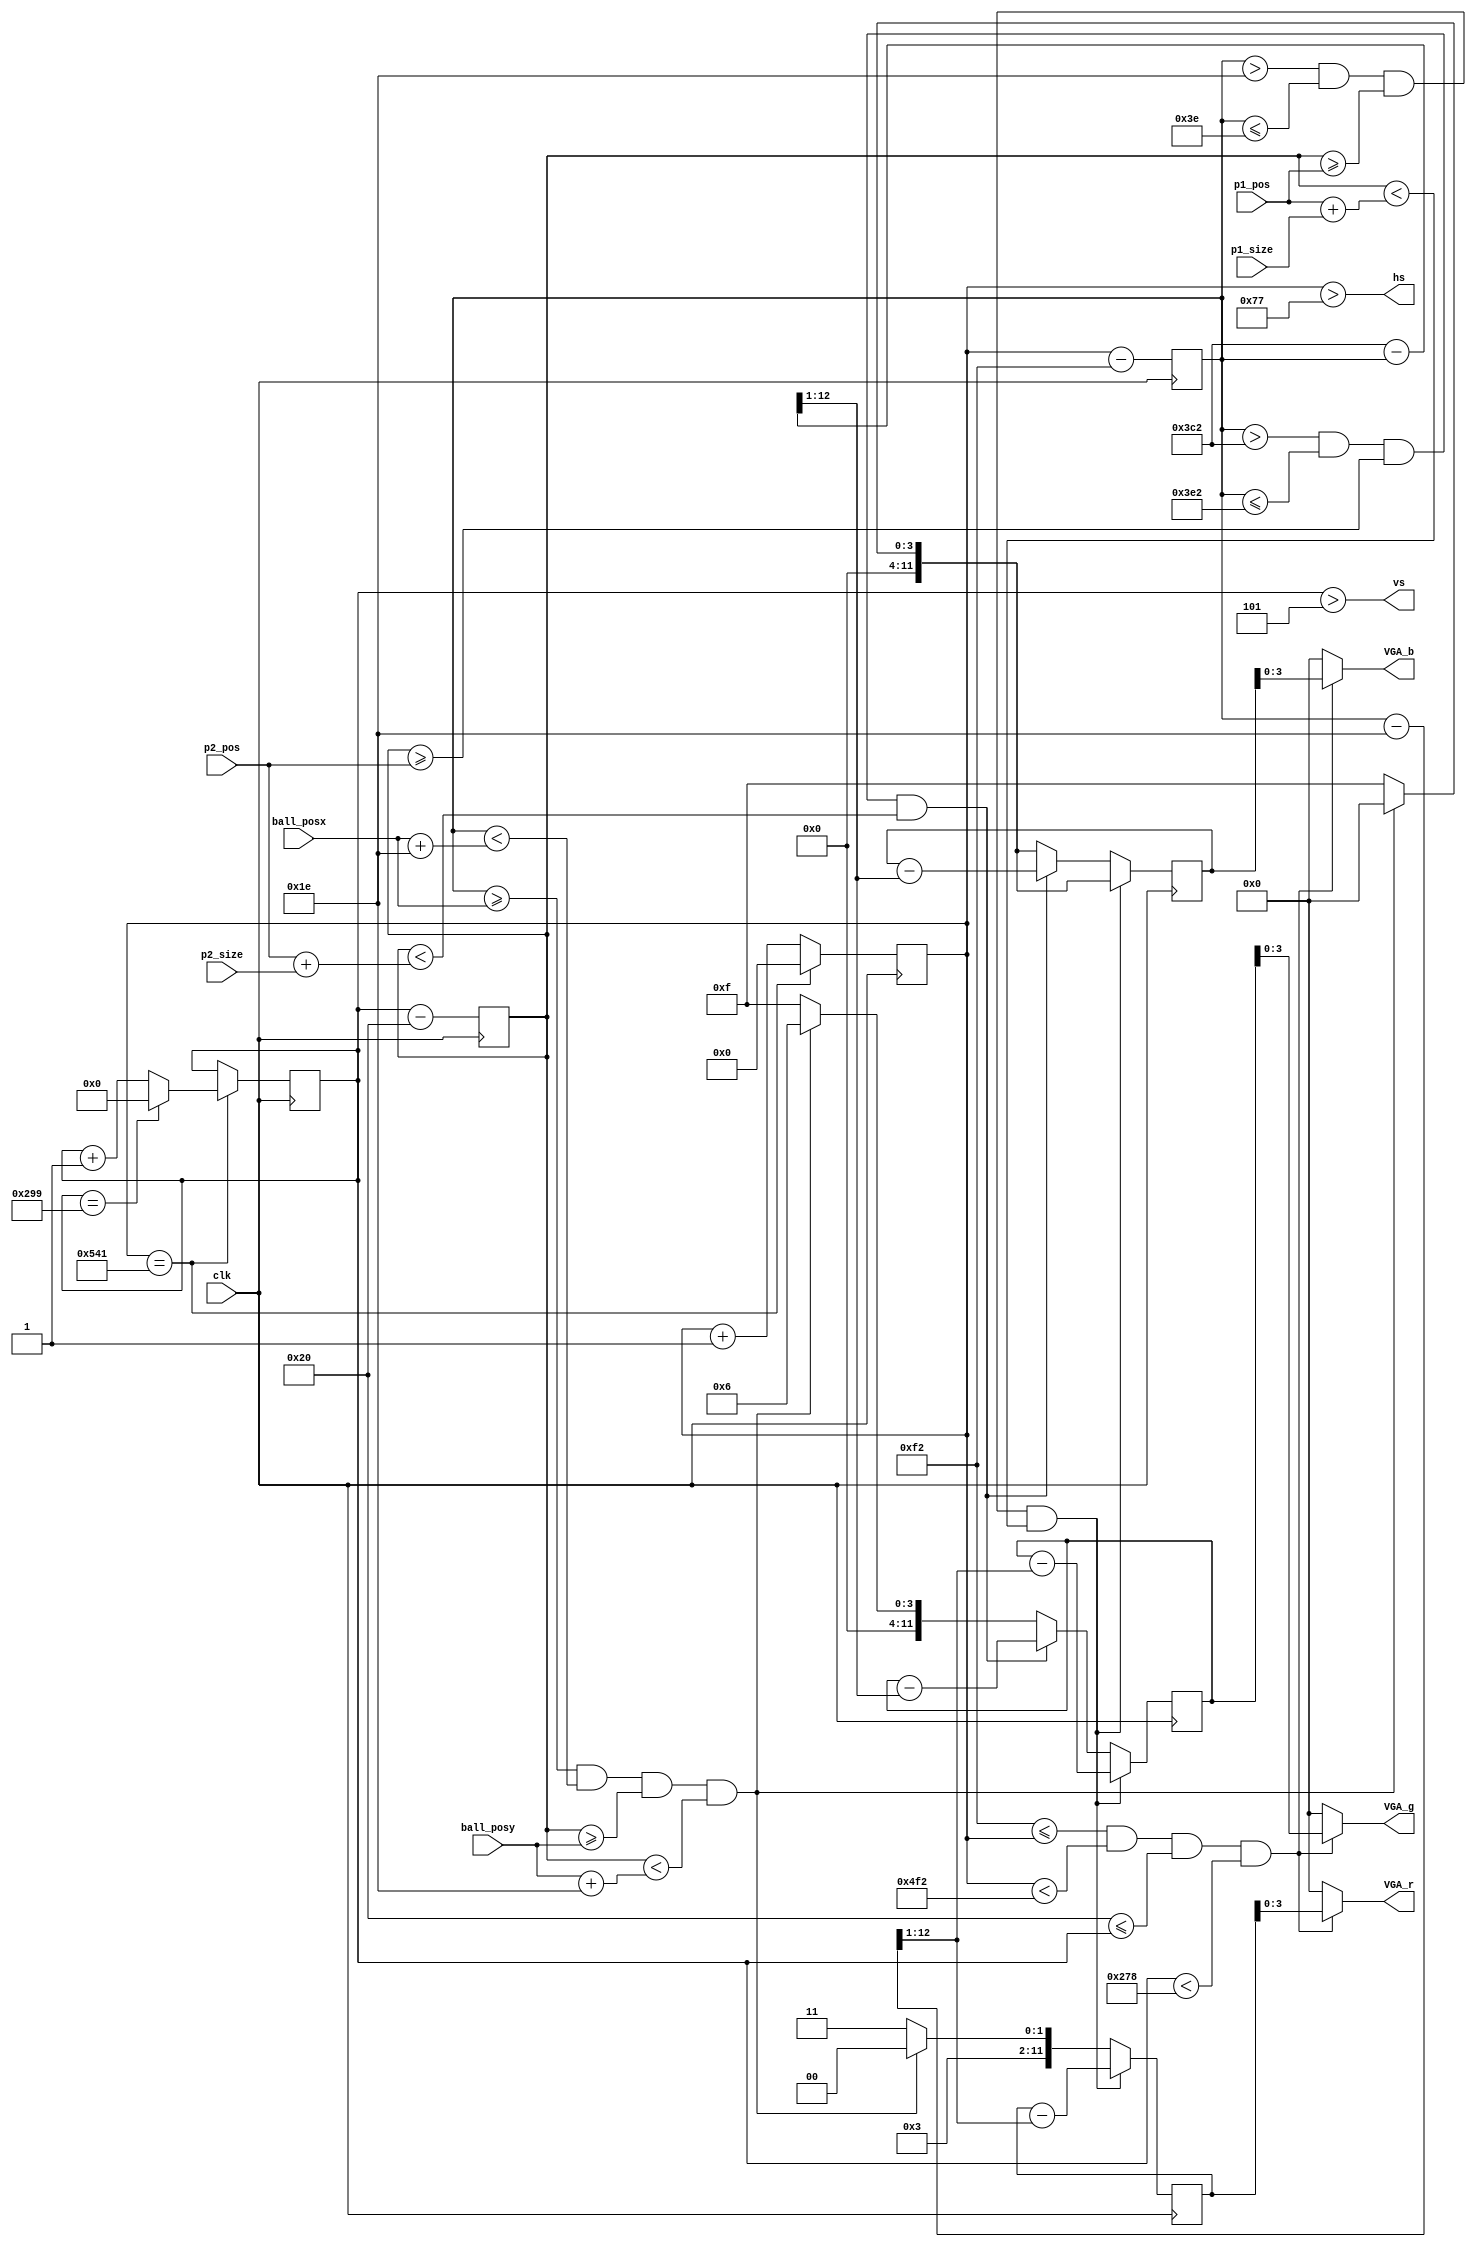
// This program was cloned from: https://github.com/Darkborderman/schoolWorks
// License: BSD 2-Clause "Simplified" License

`define Ball_size 30
`define Buttun_time 32'd100000

module vga(clk ,p1_pos,p2_pos,p1_size,p2_size,ball_posx,ball_posy ,VGA_r,VGA_g,VGA_b,hs,vs);
input clk;
input [9:0]p1_pos,p2_pos;
input [7:0]p1_size,p2_size;
input [10:0]ball_posx;//640
input [9:0]ball_posy;//480
output [3:0]VGA_r,VGA_g,VGA_b;
output hs,vs;
reg [19:0]vt;
reg [10:0]ht;

///////

reg [11:0] hc,hcount,r,g,b;  // VGA horizontal counter
reg [10:0] vc,vcount;  // VGA vertical counter

wire hcount_ov,vcount_ov,video_active;
// VGA mode parameters
parameter
    hsync_end   = 12'd119,
    hdat_begin  = 12'd242,
    hdat_end    = 12'd1266,
    hpixel_end  = 12'd1345,
    vsync_end   = 11'd5,
    vdat_begin  = 11'd32,
    vdat_end    = 11'd632,
    vline_end   = 11'd665;
always@(posedge clk) hcount<=(hcount_ov)? 12'd0:(hcount+12'd1);
always@(posedge clk) vcount<=(hcount_ov)? (vcount_ov)? 11'd0:(vcount+11'd1):vcount;
assign hcount_ov=hcount == hpixel_end;
assign vcount_ov=vcount == vline_end;
assign video_active=hdat_begin<=hcount&&hcount<hdat_end&&
                    vdat_begin<=vcount&&vcount<vdat_end;
assign hs=hcount>hsync_end;
assign vs=vcount>vsync_end;

assign VGA_r=(video_active)? r[3:0]:0;
assign VGA_g=(video_active)? g[3:0]:0;
assign VGA_b=(video_active)? b[3:0]:0;

// generate "image",p.s.:you can only use clk there,or it will too late to
// show image
always@(posedge clk)
begin
    vc<=vcount-vdat_begin;
    hc<=hcount-hdat_begin;
    //show ball
    if( (hc>=ball_posx)&&(hc<(ball_posx+`Ball_size))&&
        (vc>=ball_posy)&&(vc<(ball_posy+`Ball_size)))
    begin
        r<=12;
        g<=6;
        b<=0;
    end
    else
    begin
        r<=15;
        g<=15;
        b<=15;
    end
    //show player1
    if( hc>10'd30&&hc<=10'd62&&
        vc>=p1_pos&&vc<(p1_pos+p1_size))
    begin
        r<=r-((hc-30)>>1);
        g<=g-((hc-30)>>1);
    end
    else
    begin
        //show player2
        if( hc>10'd962&&hc<=10'd994&&
            vc>=p2_pos&&vc<(p2_pos+p2_size))
        begin
            g<=g-((962-hc)>>1);
            b<=b-((962-hc)>>1);
        end
    end
end
endmodule

module ball_pos(b_clk,b_rst,ball_posx,ball_posy,p1_pos,p2_pos,p1_size,p2_size);
input b_clk,b_rst;
input [9:0]p1_pos,p2_pos;
input [7:0]p1_size,p2_size;
output [10:0]ball_posx;
output [9:0]ball_posy;
reg [10:0]ball_posx;
reg [9:0]ball_posy;
reg [1:0]direction;//0:x,1:y//0:+,1:-

always@(posedge b_clk,negedge b_rst)
begin
    if(!b_rst)
    begin
        ball_posx<=11'd305;
        ball_posy<=10'd100;
        direction<=2'd0;
    end
    else
    begin
        //bounce
        if(ball_posy<=3)
            direction[1]<=0;
        if((ball_posy+`Ball_size)>=600)
            direction[1]<=1;
        if(ball_posx==62&&(ball_posy+`Ball_size)>=p1_pos&&ball_posy<(p1_pos+p1_size))
            direction[0]<=0;
        if((ball_posx+`Ball_size)==962&&(ball_posy+`Ball_size)>=p2_pos&&ball_posy<(p2_pos+p2_size))//player 2 defend
            direction[0]<=1;
        //ball move
        ball_posx<=ball_posx+((direction[0])? -1:1);
        ball_posy<=ball_posy+((direction[1])? -1:1);
    end
end
endmodule

module player_move(rst,clk,in,size,pos);
input rst,clk;
input [1:0]in;
input [7:0]size;
output [9:0]pos;
reg [9:0]pos;
reg [31:0]count;
always@(posedge clk,negedge rst)
begin
    if(!rst)
    begin
        pos<=10'd210;
        count<=32'd0;
    end
    else
    begin
        if(count==`Buttun_time)
        begin
            count<=32'd0;
            case(in)
                2'b01:pos<=pos+((pos+size)<=600);
                2'b10:pos<=pos-(pos!=0);
                default:pos<=pos;
            endcase
        end
        else count<=count+32'd1;
    end
end
endmodule

module game_rule_setter(rst,clk,p1_point,p2_point,rule ,p1_size,p2_size,b_clk);
input rst,clk;
input [3:0]p1_point,p2_point;
input [2:0]rule;//0:size,1:speed
output [7:0]p1_size,p2_size;
output b_clk;
reg [7:0]p1_size,p2_size;
reg b_clk;
reg [31:0]count,clock,shrink;
always@(posedge clk,negedge rst)
begin
    if(!rst)
    begin
        clock<=32'd100000;
        count<=32'd0;
        p1_size<=8'd200;
        p2_size<=8'd200;
    end
    else
    begin
        if(count==clock)
        begin
            count<=32'd0;
            //let ball move faster
            clock<=clock-(32'd4)*rule[1];
            b_clk<=1'b1;
            //let player smaller
            //(it may have bug when ball faster,player shrink faster,need fix)
            shrink<=shrink+1;
            if(!(shrink%40))
            begin
                p1_size<=p1_size-rule[0]*(p1_size>60);
                p2_size<=p2_size-rule[0]*(p2_size>60);
            end
        end
        else
        begin
            count<=count+32'd1;
            b_clk=1'b0;
        end
        //end game,player disappear
        if((rule[2]&&((p1_point+p2_point)>=5))||((p1_point+p2_point)>=3))
        begin
            if(p1_point>p2_point)
                p2_size<=0;
            else
                p1_size<=0;
        end
    end
end
endmodule

module seven_segment(clk,rst,point,out);
input clk,rst;
input [3:0]point;
output [6:0]out;
reg [6:0]out;
always@(posedge clk,negedge rst)
begin
    if(!rst)
    begin
        out=7'b0111111;
    end
    else
    begin
        case(point)
            4'h0:out=7'b1000000;
            4'h1:out=7'b1111001;
            4'h2:out=7'b0100100;
            4'h3:out=7'b0110000;
            4'h4:out=7'b0011001;
            4'h5:out=7'b0010010;
            4'h6:out=7'b0000010;
            4'h7:out=7'b1011000;
            4'h8:out=7'b0000000;
            4'h9:out=7'b0010000;
            4'ha:out=7'b0001000;
            4'hb:out=7'b0000011;
            4'hc:out=7'b1000110;
            4'hd:out=7'b0100001;
            4'he:out=7'b0000110;
            4'hf:out=7'b0001110;
        endcase
    end
end
endmodule

module referee(rst,clk ,ball_posx ,b_rst,seven_1,seven_2,seven_3,p1_point,p2_point);
input rst,clk;
input [10:0]ball_posx;
output b_rst;
output [6:0]seven_1,seven_2,seven_3;//seven segment
output [3:0]p1_point,p2_point;
reg b_rst;
reg [3:0]p1_point,p2_point;
seven_segment scorer_1 (.clk(clk),.rst(rst),.point(p1_point),.out(seven_1));//"p1"
seven_segment scorer_2 (.clk(clk),.rst(1'd0),.point(4'd0),.out(seven_2));//"-"
seven_segment scorer_3 (.clk(clk),.rst(rst),.point(p2_point),.out(seven_3));//"p2"
always@(posedge clk,negedge rst)
begin
    if(!rst)
    begin
        b_rst=1'd0;
        p1_point=4'd0;
        p2_point=4'd0;
    end
    else
    begin
        //player 2 got point
        if(ball_posx==0)
        begin
            b_rst=1'd0;
            p2_point=p2_point+1;
        end
        else
        begin
            //player 1 got point
            if(ball_posx+`Ball_size==1024)
            begin
                b_rst=1'd0;
                p1_point=p1_point+1;
            end
            else
                b_rst=1'd1;
        end
    end
end
endmodule

module pingpong(rst,clk ,rule,p1,p2,r,g,b,hs,vs,seven_1,seven_2,seven_3);
input rst,clk;
input [2:0]rule;
input [1:0]p1,p2;
output [3:0]r,g,b;
output hs,vs;
output [6:0]seven_1,seven_2,seven_3;//seven segment,//"p1" "-" "p2"
wire [7:0]p1_size,p2_size;
wire [3:0]p1_point,p2_point;
wire [9:0]p1_pos,p2_pos;
wire b_clk;
wire [10:0]ball_posx;
wire [9:0]ball_posy;

game_rule_setter rule_holder (.rst(b_rst),.clk(clk),.p1_point(p1_point),.p2_point(p2_point),.rule(rule),.p1_size(p1_size),.p2_size(p2_size),.b_clk(b_clk));
player_move player1 (.rst(rst),.clk(clk),.in(p1),.size(p1_size),.pos(p1_pos));
player_move player2 (.rst(rst),.clk(clk),.in(p2),.size(p2_size),.pos(p2_pos));
ball_pos ball (
    .b_clk(b_clk),.b_rst(b_rst),.ball_posx(ball_posx),.ball_posy(ball_posy),
    .p1_pos(p1_pos),.p2_pos(p2_pos),.p1_size(p1_size),.p2_size(p2_size));
vga DIS (
    .clk(clk),
    .p1_pos(p1_pos),.p2_pos(p2_pos),.p1_size(p1_size),.p2_size(p2_size),.ball_posx(ball_posx),.ball_posy(ball_posy),
    .VGA_r(r),.VGA_g(g),.VGA_b(b),.hs(hs),.vs(vs));
referee noob (.rst(rst),.clk(clk),.ball_posx(ball_posx),.b_rst(b_rst),.seven_1(seven_1),.seven_2(seven_2),.seven_3(seven_3),.p1_point(p1_point),.p2_point(p2_point));
endmodule